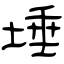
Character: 埵